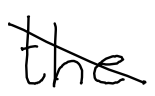
Text: the
Cross-out: diagonal
Writing tool: digital_black